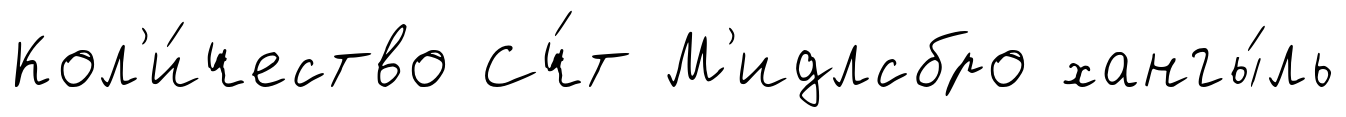
Кол'и́чество Сч́т М'идлсбро хангы́ль